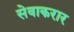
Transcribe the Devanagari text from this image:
सेवाकरार